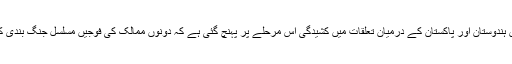
الوقت - حالیہ کچھ مہینے میں ہندوستان اور پاکستان کے درمیان تعلقات میں کشیدگی اس مرحلے پر پہنچ گئی ہے کہ دونوں ممالک کی فوجیں مسلسل جنگ بندی کی خلاف ورزی کر رہی ہیں۔